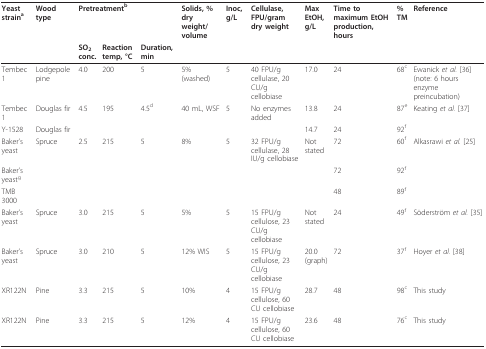
<table><thead><tr><td><b>Yeast strain<sup>a</sup></b></td><td><b>Wood type</b></td><td colspan="3"><b>Pretreatment<sup>b</sup></b></td><td><b>Solids, % dry weight/volume</b></td><td><b>Inoc, g/L</b></td><td><b>Cellulase, FPU/gram dry weight</b></td><td><b>Max EtOH, g/L</b></td><td><b>Time to maximum EtOH production, hours</b></td><td><b>% TM</b></td><td><b>Reference</b></td></tr><tr><td></td><td></td><td><b>SO<sub>2 </sub>conc.</b></td><td><b>Reaction temp, °C</b></td><td><b>Duration, min</b></td><td></td><td></td><td></td><td></td><td></td><td></td><td></td></tr></thead><tbody><tr><td>Tembec 1</td><td>Lodgepole pine</td><td>4.0</td><td>200</td><td>5</td><td>5% (washed)</td><td>5</td><td>40 FPU/g cellulase, 20 CU/g cellobiase</td><td>17.0</td><td>24</td><td>68<sup>c</sup></td><td>Ewanick <i>et al. </i>[36] (note: 6 hours enzyme preincubation)</td></tr><tr><td>Tembec 1</td><td>Douglas fir</td><td>4.5</td><td>195</td><td>4.5<sup>d</sup></td><td>40 mL, WSF</td><td>5</td><td>No enzymes added</td><td>13.8</td><td>24</td><td>87<sup>e</sup></td><td>Keating <i>et al. </i>[37]</td></tr><tr><td>Y-1528</td><td>Douglas fir</td><td></td><td></td><td></td><td></td><td></td><td></td><td>14.7</td><td>24</td><td>92<sup>f</sup></td><td></td></tr><tr><td>Baker&#x27;s yeast</td><td>Spruce</td><td>2.5</td><td>215</td><td>5</td><td>8%</td><td>5</td><td>32 FPU/g cellulase, 28 IU/g cellobiase</td><td>Not stated</td><td>72</td><td>60<sup>f</sup></td><td>Alkasrawi <i>et al. </i>[25]</td></tr><tr><td>Baker&#x27;s yeast<sup>g</sup></td><td></td><td></td><td></td><td></td><td></td><td></td><td></td><td></td><td>72</td><td>92<sup>f</sup></td><td></td></tr><tr><td>TMB 3000</td><td></td><td></td><td></td><td></td><td></td><td></td><td></td><td></td><td>48</td><td>89<sup>f</sup></td><td></td></tr><tr><td>Baker&#x27;s yeast</td><td>Spruce</td><td>3.0</td><td>215</td><td>5</td><td>5%</td><td>5</td><td>15 FPU/g cellulose, 23 CU/g cellobiase</td><td>Not stated</td><td>24</td><td>49<sup>f</sup></td><td>Söderström <i>et al. </i>[35]</td></tr><tr><td>Baker&#x27;s yeast</td><td>Spruce</td><td>3.0</td><td>210</td><td>5</td><td>12% WIS</td><td>5</td><td>15 FPU/g cellulose, 23 CU/g cellobiase</td><td>20.0 (graph)</td><td>72</td><td>37<sup>f</sup></td><td>Hoyer <i>et al. </i>[38]</td></tr><tr><td>XR122N</td><td>Pine</td><td>3.3</td><td>215</td><td>5</td><td>10%</td><td>4</td><td>15 FPU/g cellulose, 60 CU cellobiase</td><td>28.7</td><td>48</td><td>98<sup>c</sup></td><td>This study</td></tr><tr><td>XR122N</td><td>Pine</td><td>3.3</td><td>215</td><td>5</td><td>12%</td><td>4</td><td>15 FPU/g cellulose, 60 CU cellobiase</td><td>23.6</td><td>48</td><td>76<sup>c</sup></td><td>This study</td></tr></tbody></table>